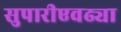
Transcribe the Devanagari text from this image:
सुपारीएवढ्या